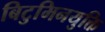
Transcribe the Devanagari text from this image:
बिटुमिनयुक्ति